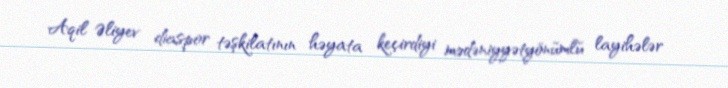
Aqil Əliyev diaspor təşkilatının həyata keçirdiyi mədəniyyətyönümlü layihələr